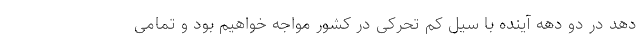
دهد در دو دهه آینده با سیل کم تحرکی در کشور مواجه خواهیم بود و تمامی